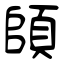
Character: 頧